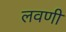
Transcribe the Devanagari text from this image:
लवणी